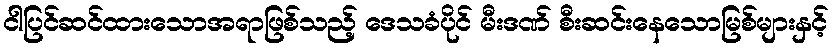
ငါပြင်ဆင်ထားသောအရာဖြစ်သည့် ဒေသခံပိုင် မီးဒဏ် စီးဆင်းနေသောမြစ်များနှင့်